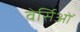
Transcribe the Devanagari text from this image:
वेर्सिओं